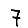
Digit: 7